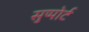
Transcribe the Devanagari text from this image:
सुप्पोर्ट